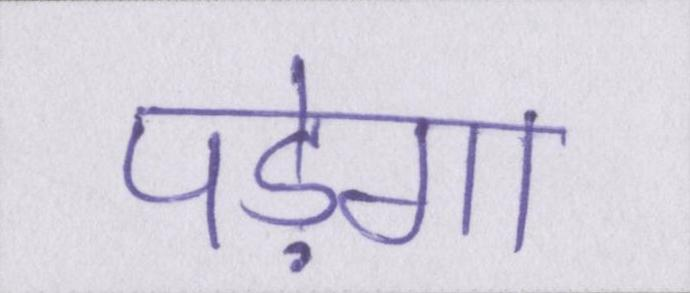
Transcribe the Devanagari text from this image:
पड़ेगा